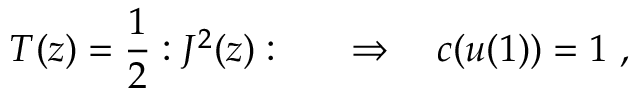
T ( z ) = { \frac { 1 } { 2 } } : J ^ { 2 } ( z ) : \qquad \Rightarrow \quad c ( u ( 1 ) ) = 1 \ ,